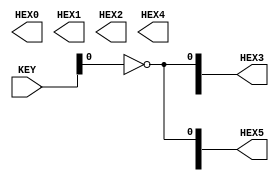
module ex2(
		output[7:0]	HEX0,
		output[7:0]	HEX1,
		output[7:0]	HEX2,
		output[7:0]	HEX3,
		output[7:0]	HEX4,
		output[7:0]	HEX5,
		
		input [1:0] KEY
);

//09.04.01
assign HEX0[6] = ~KEY[0],
HEX0[7] = ~KEY[0];
			

assign HEX1[4] = ~KEY[0];			
						
assign HEX2[6] = ~KEY[0],
HEX2[7] = ~KEY[0];
							
assign HEX3[0] = ~KEY[0],
HEX3[4] = ~KEY[0],
HEX4[3] = ~KEY[0];
						
assign HEX4[6] = ~KEY[0],
HEX4[7] = ~KEY[0];

assign HEX5[0] = ~KEY[0],
HEX5[3] = ~KEY[0],
HEX5[4] = ~KEY[0],
HEX5[5] = ~KEY[0],
HEX5[6] = ~KEY[0];
			
endmodule